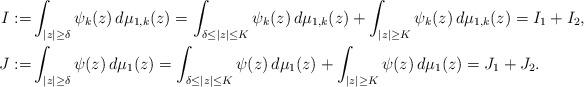
LaTeX: \begin{align*}I:=&\int_{|z|\geq\delta}\psi_k(z)\, d\mu_{1,k}(z)=\int_{\delta\leq |z|\leq K}\psi_k(z)\, d\mu_{1,k}(z) +\int_{|z|\geq K}\psi_k(z)\,d\mu_{1,k}(z)=I_1+I_2,\\J:=&\int_{|z|\geq\delta}\psi(z)\, d\mu_{1}(z)=\int_{\delta\leq |z|\leq K}\psi(z)\, d\mu_{1}(z) +\int_{|z|\geq K}\psi(z)\,d\mu_{1}(z)=J_1+J_2.\end{align*}